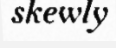
skewly